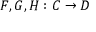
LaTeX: F , G , H : C \to D